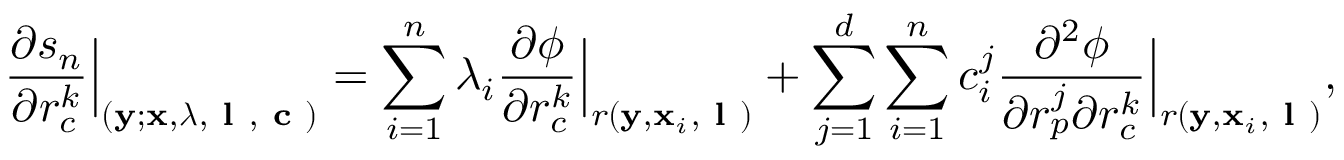
\ensuremath { \frac { \partial s _ { n } } { \partial r _ { c } ^ { k } } } \Bigr | _ { ( \ensuremath { \mathbf { y } } ; \ensuremath { \mathbf { x } } , \boldsymbol { \lambda } , \textbf { l } , \textbf { c } ) } = \sum _ { i = 1 } ^ { n } \lambda _ { i } \ensuremath { \frac { \partial \phi } { \partial r _ { c } ^ { k } } } \Bigr | _ { r ( \ensuremath { \mathbf { y } } , \ensuremath { \mathbf { x } } _ { i } , \textbf { l } ) } + \sum _ { j = 1 } ^ { d } \sum _ { i = 1 } ^ { n } c _ { i } ^ { j } \frac { \partial ^ { 2 } \phi } { \partial r _ { p } ^ { j } \partial r _ { c } ^ { k } } \Bigr | _ { r ( \ensuremath { \mathbf { y } } , \ensuremath { \mathbf { x } } _ { i } , \textbf { l } ) } ,